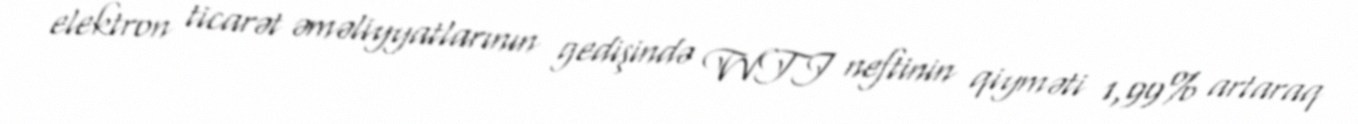
elektron ticarət əməliyyatlarının gedişində WTI neftinin qiyməti 1,99% artaraq